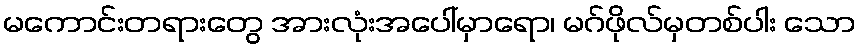
မကောင်းတရားတွေ အားလုံးအပေါ်မှာရော၊ မဂ်ဖိုလ်မှတစ်ပါး သော